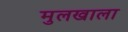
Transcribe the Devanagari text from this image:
मुलखाला